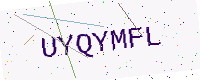
Text: UYQYMFL